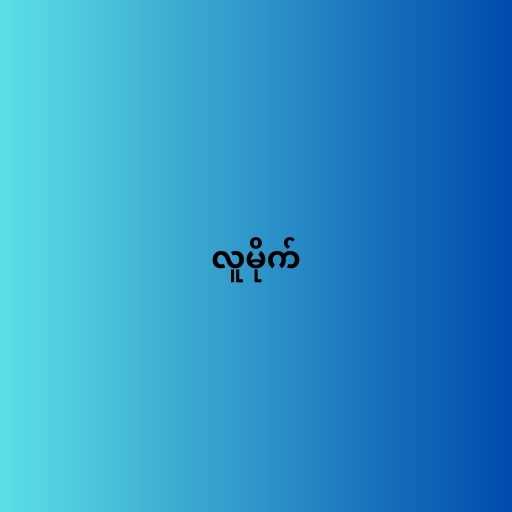
လူမိုက်